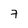
Character: 7